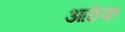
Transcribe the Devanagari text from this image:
आठेक